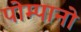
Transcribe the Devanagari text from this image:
पोम्पानो